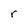
Character: r